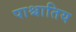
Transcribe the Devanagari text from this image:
पाश्चातिय